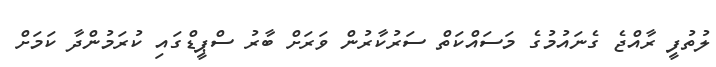
ލުތުފީ ރާއްޖެ ގެނައުމުގެ މަސައްކަތް ސަރުކާރުން ވަރަށް ބާރު ސްޕީޑްގައި ކުރަމުންދާ ކަމަށް